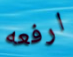
ارفعه